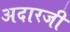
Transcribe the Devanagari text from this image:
अदारजी